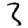
Digit: 3